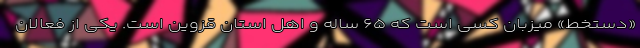
«دستخط» میزبان کسی است که ۶۵ ساله و اهل استان قزوین است. یکی از فعالان